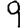
Digit: 9